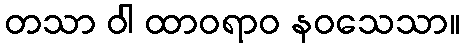
တသာ ဝါ ထာဝရာဝ နဝသေသာ။